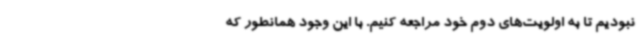
نبودیم تا به اولویت‌های دوم خود مراجعه کنیم. با این وجود همانطور که